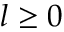
l \ge 0